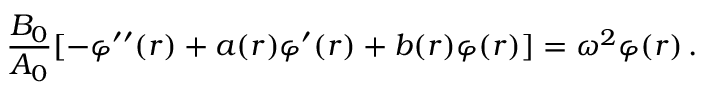
{ \frac { B _ { 0 } } { A _ { 0 } } } [ - \varphi ^ { \prime \prime } ( r ) + a ( r ) \varphi ^ { \prime } ( r ) + b ( r ) \varphi ( r ) ] = \omega ^ { 2 } \varphi ( r ) \, .